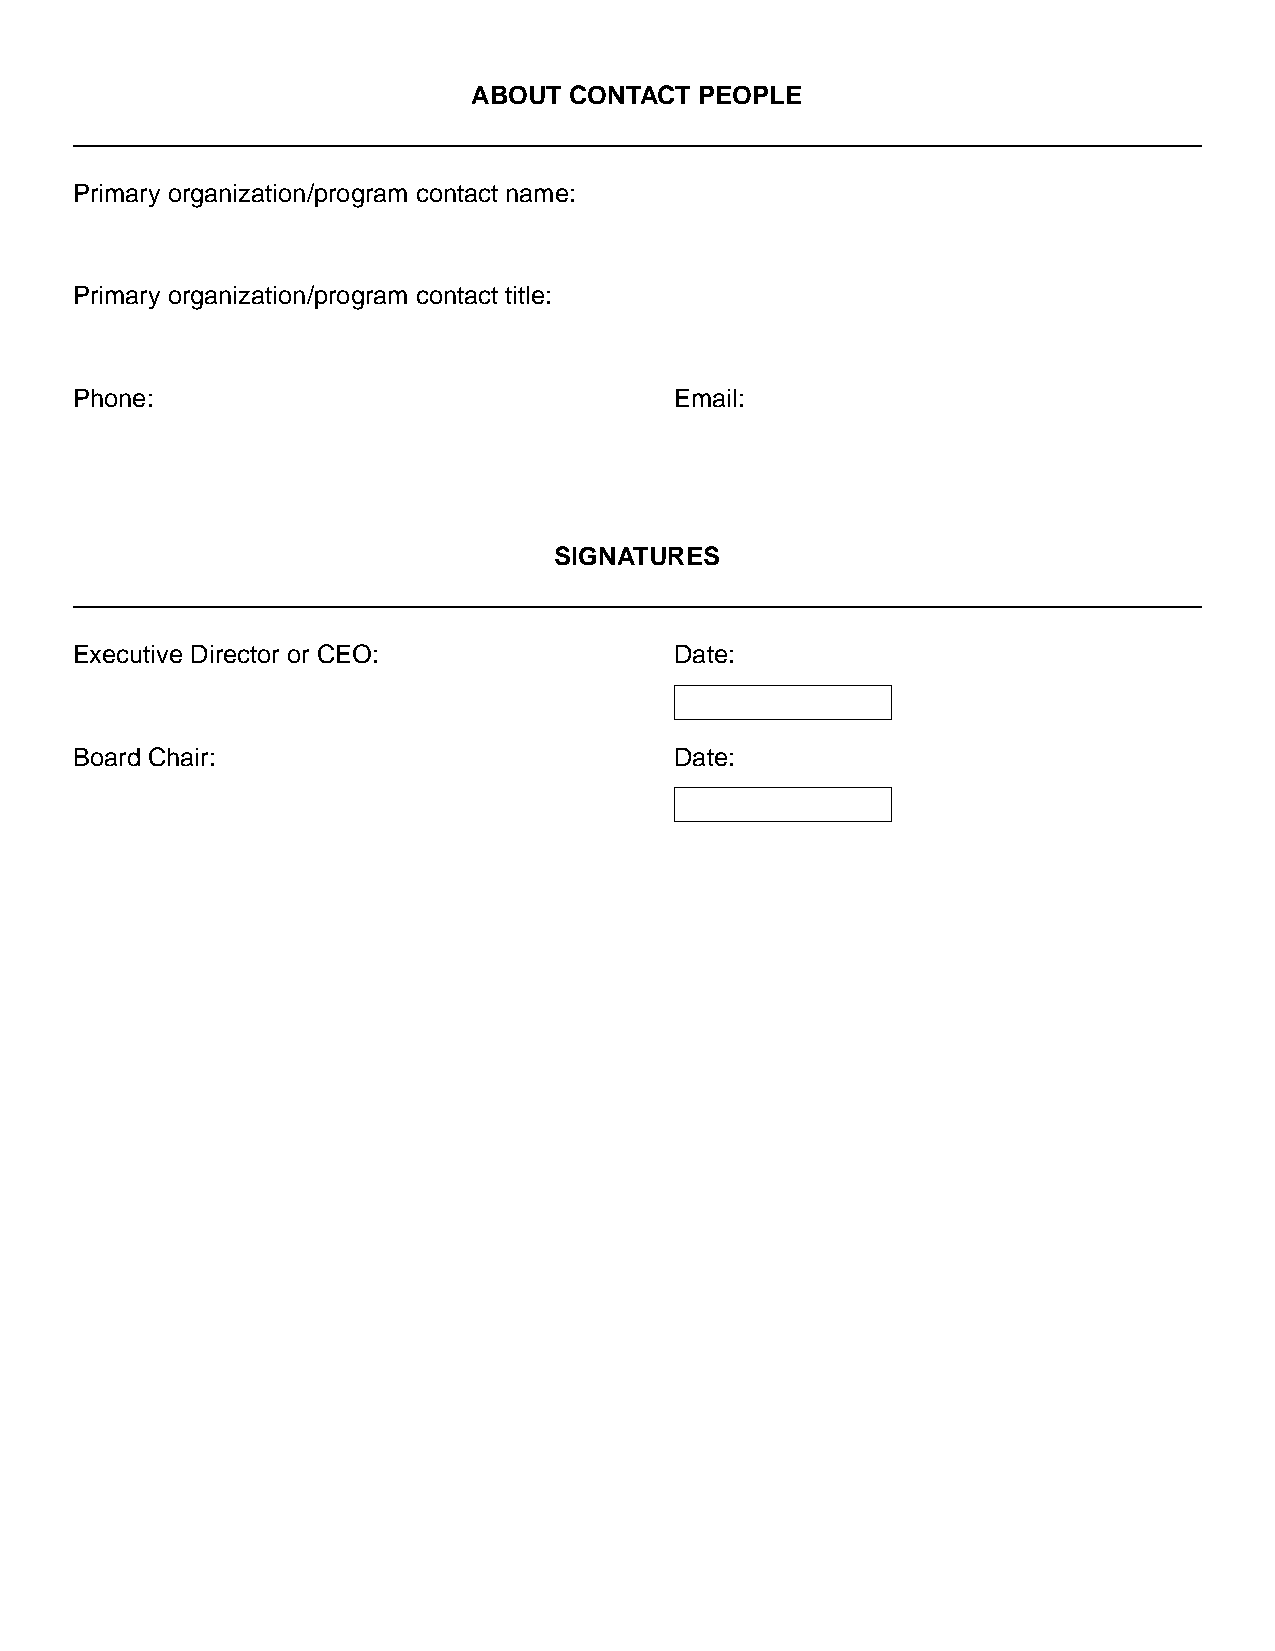
ABOUT  CONTACT PEOPLE
 Primary organization/program contact name:
 Primary organization/program contact title:
 Phone:                                  Email:
 SIGNATURES
 Executive Director or CEO:              Date:
 Board Chair:                            Date: